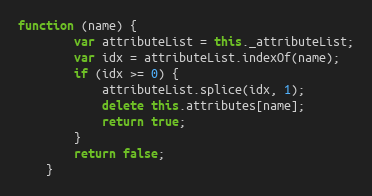
Language: JavaScript
function (name) {
        var attributeList = this._attributeList;
        var idx = attributeList.indexOf(name);
        if (idx >= 0) {
            attributeList.splice(idx, 1);
            delete this.attributes[name];
            return true;
        }
        return false;
    }